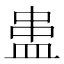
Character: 𰤻